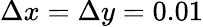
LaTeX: \Delta x=\Delta y=0.01